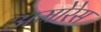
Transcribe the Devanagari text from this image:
अमोरेस